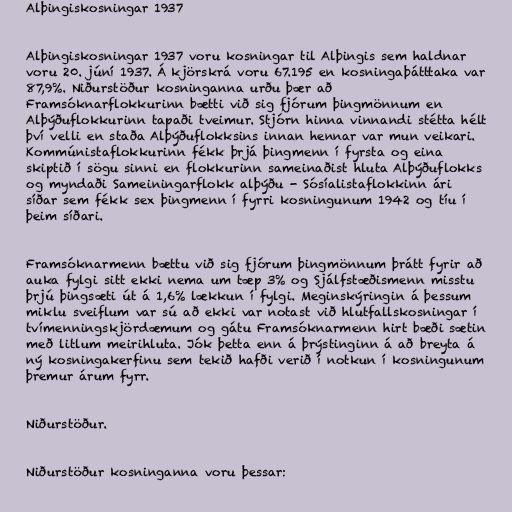
Alþingiskosningar 1937

Alþingiskosningar 1937 voru kosningar til Alþingis sem haldnar
voru 20. júní 1937. Á kjörskrá voru 67.195 en kosningaþátttaka var
87,9%. Niðurstöður kosninganna urðu þær að
Framsóknarflokkurinn bætti við sig fjórum þingmönnum en
Alþýðuflokkurinn tapaði tveimur. Stjórn hinna vinnandi stétta hélt
því velli en staða Alþýðuflokksins innan hennar var mun veikari.
Kommúnistaflokkurinn fékk þrjá þingmenn í fyrsta og eina
skiptið í sögu sinni en flokkurinn sameinaðist hluta Alþýðuflokks
og myndaði Sameiningarflokk alþýðu - Sósíalistaflokkinn ári
síðar sem fékk sex þingmenn í fyrri kosningunum 1942 og tíu í
þeim síðari.

Framsóknarmenn bættu við sig fjórum þingmönnum þrátt fyrir að
auka fylgi sitt ekki nema um tæp 3% og Sjálfstæðismenn misstu
þrjú þingsæti út á 1,6% lækkun í fylgi. Meginskýringin á þessum
miklu sveiflum var sú að ekki var notast við hlutfallskosningar í
tvímenningskjördæmum og gátu Framsóknarmenn hirt bæði sætin
með litlum meirihluta. Jók þetta enn á þrýstinginn á að breyta á
ný kosningakerfinu sem tekið hafði verið í notkun í kosningunum
þremur árum fyrr.

Niðurstöður.

Niðurstöður kosninganna voru þessar: